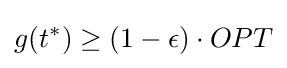
g(t^{*})\geq (1-\epsilon )\cdot OPT